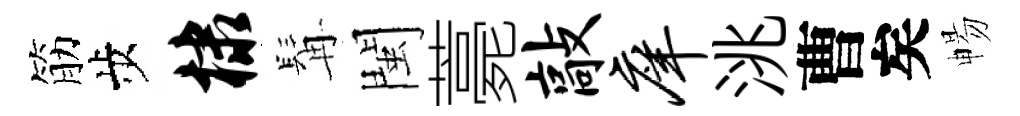
筋歩棣髯閩薧敲庠洮曹矣暢